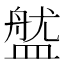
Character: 𥂏